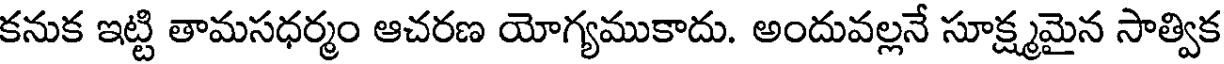
కనుక ఇట్టి తామసధర్మం ఆచరణ యోగ్యముకాదు. అందువల్లనే సూక్ష్మమైన సాత్విక